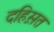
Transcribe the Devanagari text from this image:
दहिस़त